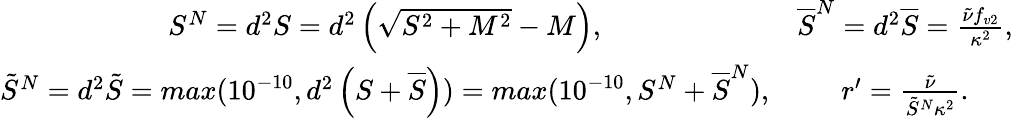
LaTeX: \begin{array}{cc}{S^{N}=d^{2}S=d^{2}\left(\sqrt{{S}^{2}+M^{2}}-M\right),}&{\overline{{S}}^{N}=d^{2}\overline{{S}}=\frac{\tilde{\nu}f_{v2}}{\kappa^{2}},}\\ {\tilde{S}^{N}=d^{2}\tilde{S}=max(10^{-10},d^{2}\left(S+\overline{{S}}\right))=max(10^{-10},S^{N}+\overline{{S}}^{N}),}&{{r}^{\prime}=\frac{\tilde{\nu}}{\tilde{S}^{N}\kappa^{2}}.}\end{array}